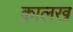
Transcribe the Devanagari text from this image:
कालख